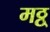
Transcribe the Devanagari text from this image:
मठ्ठ्